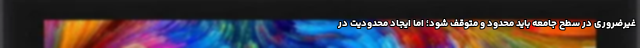
غیرضروری در سطح جامعه باید محدود و متوقف شود؛ اما ایجاد محدودیت در